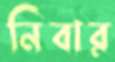
নিবার